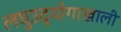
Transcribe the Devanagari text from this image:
लघुउद्योगाखाली